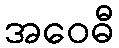
အဝေဓီ